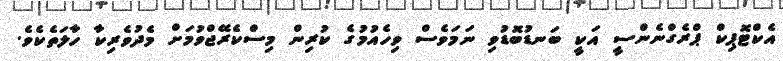
އެކްޓޮޕިކް ޕްރެގްނެންސީ އަކީ ބަނޑުބޮޑުވި ނަމަވެސް ވިހެއުމުގެ ކުރިން މިސްކެރޭޖްވުމަށް މެދުވެރިކާ ހާލަތެކެވެ.